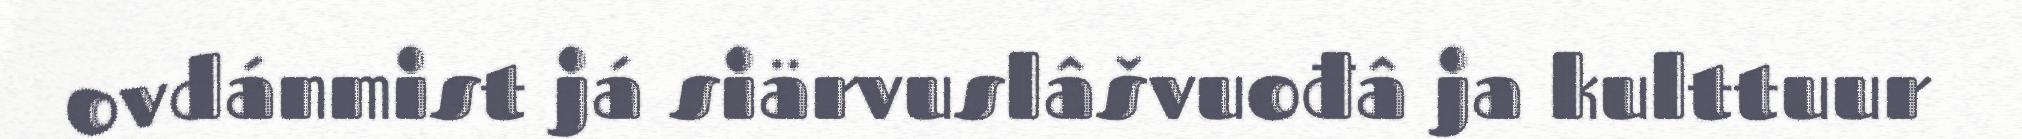
ovdánmist já siärvuslâšvuođâ ja kulttuur